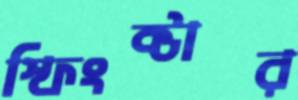
স্ফিংক্টার